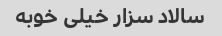
سالاد سزار خیلی خوبه